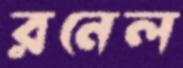
রনেল